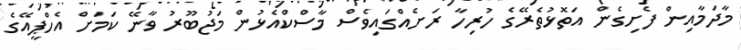
މާދަމާއިން ފެށިގެން އަތޮޅުތެރޭގެ ހުރިހާ ރަށެއްގައިވެސް މާސްކްއެޅުން މަޖުބޫރު ވާނޭ ކަމަށް އެހްޕީއޭގެ